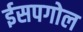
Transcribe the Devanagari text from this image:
ईसपगोल